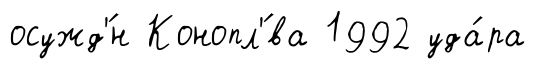
осужд'́н Конопл'́ва 1992 уда́ра